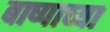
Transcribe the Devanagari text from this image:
बाष्पाच्या